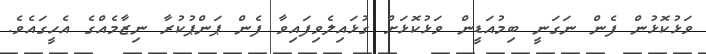
ވަޅުކޮޅުން ފެން ނަގަނީ ބިމުއަޑީން ވަޅުކޮޅަށް ގުޅައިލެވިފައިވާ ފެން ޕަންޕުކުރާ ނިޒާމެއްގެ އެހީގައެވެ.